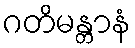
ဂတိမန္တာနံ